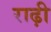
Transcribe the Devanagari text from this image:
राढ़ी